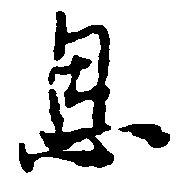
恩